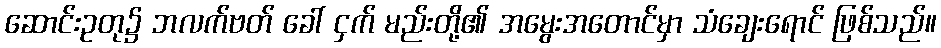
ဆောင်းဥတု၌ ဘလက်ဗတ် ခေါ် ငှက် မည်းတို့၏ အမွေးအတောင်မှာ သံချေးရောင် ဖြစ်သည်။